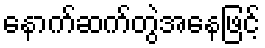
နောက်ဆက်တွဲအနေဖြင့်